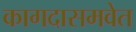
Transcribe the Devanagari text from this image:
कागदासमवेत